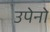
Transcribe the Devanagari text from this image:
उपेनो